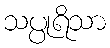
သပ္ပုရိသာ